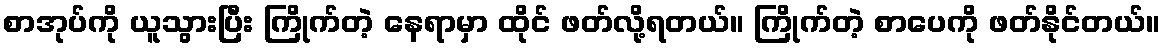
စာအုပ်ကို ယူသွားပြီး ကြိုက်တဲ့ နေရာမှာ ထိုင် ဖတ်လို့ရတယ်။ ကြိုက်တဲ့ စာပေကို ဖတ်နိုင်တယ်။